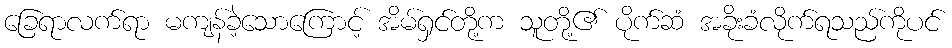
ခြေရာလက်ရာ မကျန်ခဲ့သောကြောင့် အိမ်ရှင်တို့က သူတို့၏ ပိုက်ဆံ အခိုးခံလိုက်ရသည်ကိုပင်